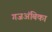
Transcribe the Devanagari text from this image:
गजअंबिका